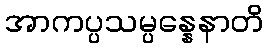
အာကပ္ပသမ္ပန္နေနာတိ